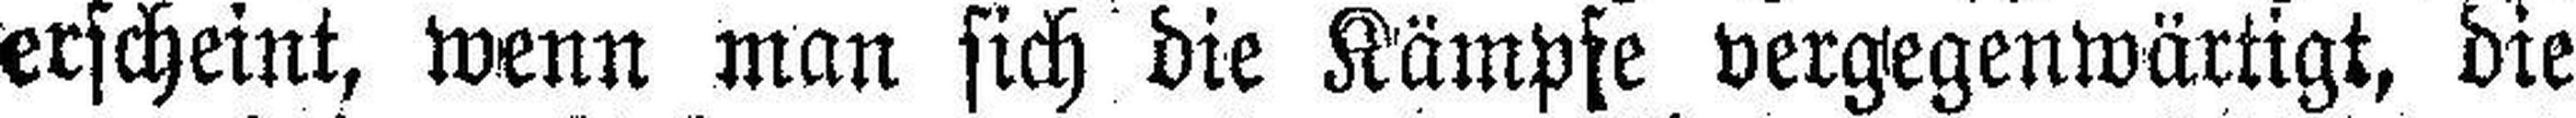
erscheint, wenn man sich die Kämpfe vergegenwärtigt, die